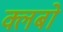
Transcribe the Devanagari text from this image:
क्लबो